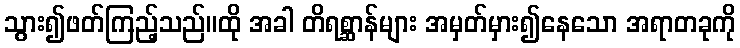
သွား၍ဖတ်ကြည့်သည်။ထို အခါ တိရစ္ဆာန်များ အမှတ်မှား၍နေသော အရာတခုကို